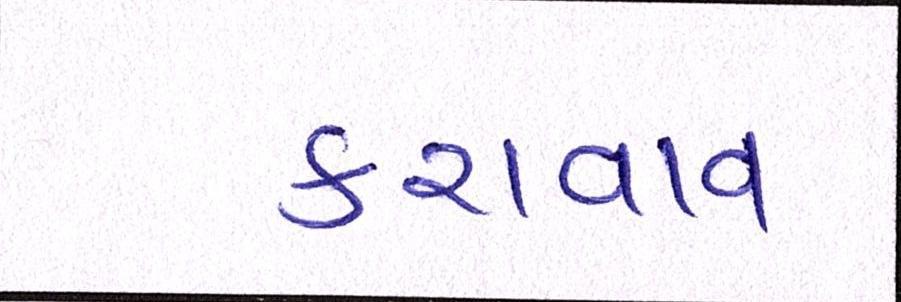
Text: કરાવાવ